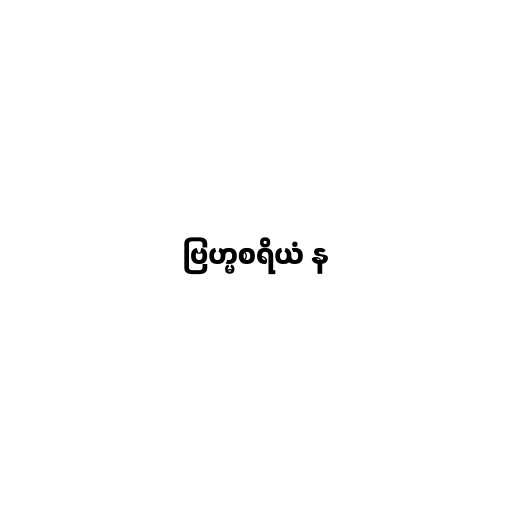
ဗြဟ္မစရိယံ န